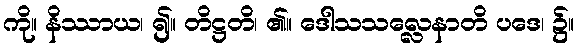
ကို။ နိဿာယ၊ ၍။ တိဋ္ဌတိ၊ ၏။ ဒေါသသလ္လေနာတိ ပဒေ၊ ၌။